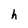
Character: h